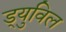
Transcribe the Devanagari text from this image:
ड्युविल